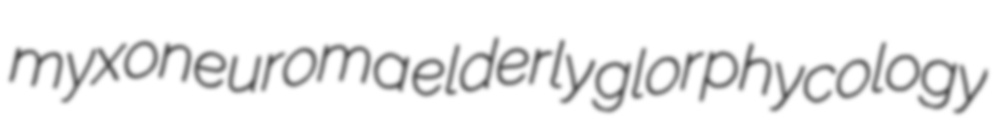
myxoneuroma elderly glor phycology